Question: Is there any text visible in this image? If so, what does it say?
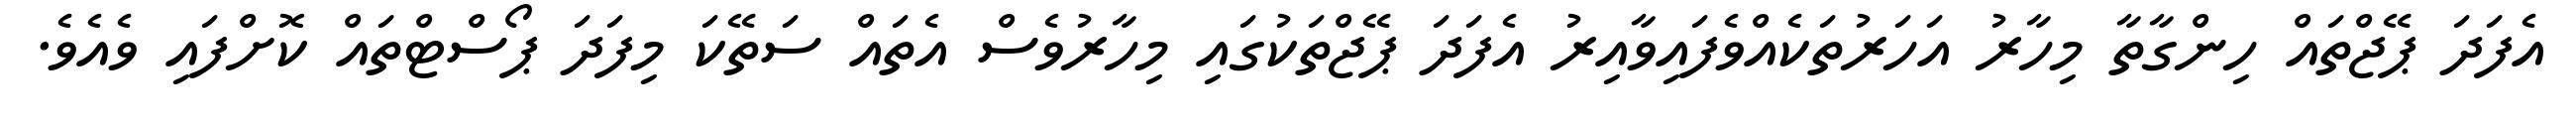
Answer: އެފަދަ ޕޭޖްތައް ހިންގާތާ މިހާރު އަހަރުތަކެއްވެފައިވާއިރު އެފަދަ ޕޭޖްތަކުގައި މިހާރުވެސް އެތައް ސަތޭކަ މިފަދަ ޕޯސްޓްތައް ކޮށްފައި ވެއެވެ.